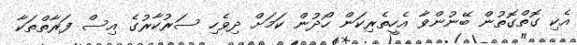
އެކި ގޮތްގޮތުން ބޭނުންވާ އެހީތެެރިކަން ހޯދުން ކަމަށް ދިވެހި ސަރުކާރުގެ އިސް ފަރާތްތަކާ